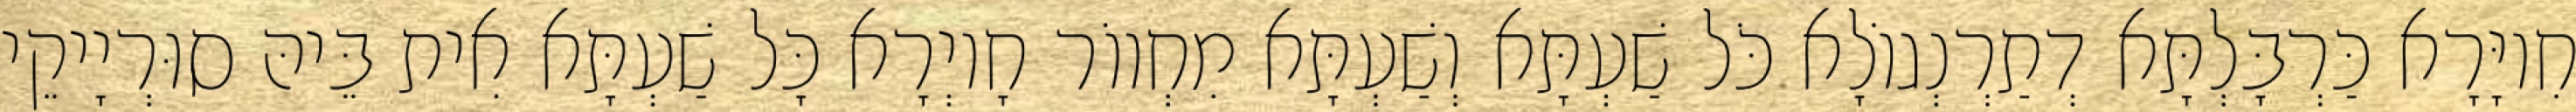
חִיוָּרָא כַּרְבָּלְתָּא דְתַרְנְגוֹלָא כֹּל שַׁעְתָּא וְשַׁעְתָּא מִחְווֹר חָיוְרָא כָּל שַׁעְתָּא אִית בֵּיהּ סוּרְיָיקֵי